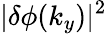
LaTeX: |\delta\phi(k_{y})|^{2}